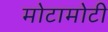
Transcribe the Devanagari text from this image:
मोटामोटी